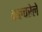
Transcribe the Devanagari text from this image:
कल्चरेले